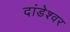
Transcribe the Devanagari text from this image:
दांडेश्वर